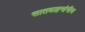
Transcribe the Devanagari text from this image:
सातवाहनांनीच